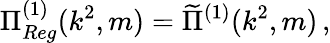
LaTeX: \Pi_{Reg}^{(1)}(k^{2},m)=\widetilde{\Pi}^{(1)}(k^{2},m)\, ,